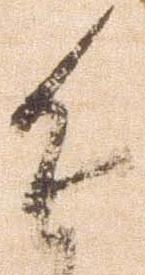
進